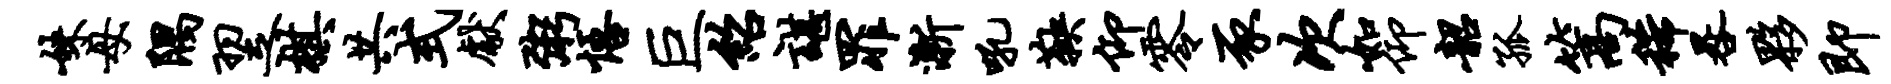
妹母隅翌棋共式献粥悟巨绍谌罪渐吼鞅仰零豕次如仰韶孤篙稀晷夥即